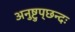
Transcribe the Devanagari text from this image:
अनुष्टुप्‌छन्दः